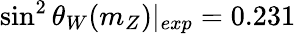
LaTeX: \sin^{2}\theta_{W}(m_{Z})|_{exp}=0.231